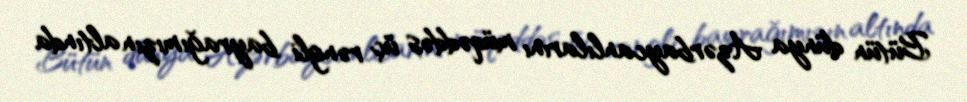
Bütün dünya Azərbaycanlılarını müqəddəs üç rəngli bayrağımızın altında